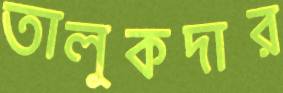
তালুকদার